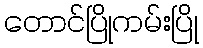
တောင်ပြိုကမ်းပြို